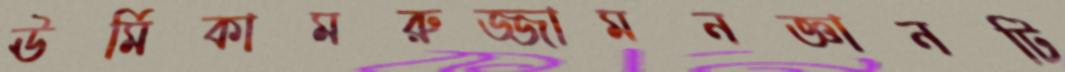
ঊর্মিকামরুজ্জামনজ্ঞানটি